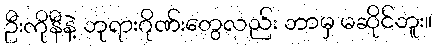
ဦးကိုနီနဲ့ ဘုရားဂိုဏ်းတွေလည်း ဘာမှ မဆိုင်ဘူး။